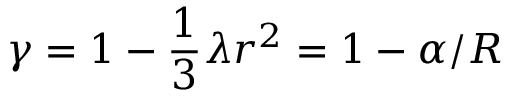
\gamma = 1 - \frac { 1 } { 3 } \lambda r ^ { 2 } = 1 - \alpha / R